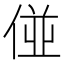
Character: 𠊧